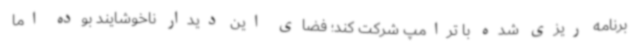
برنامه ریزی شده با ترامپ شرکت کند؛ فضای این دیدار ناخوشایند بوده اما